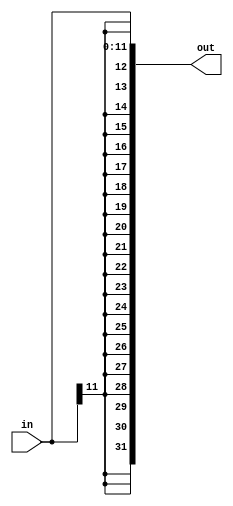
module ExtenderSign 
#(
    parameter INPUT_WIDTH = 12,
    parameter OUTPUT_WIDTH = 32
) (
    input [INPUT_WIDTH - 1 : 0] in,
    output [OUTPUT_WIDTH - 1 : 0] out
);

    assign out = { { (OUTPUT_WIDTH - INPUT_WIDTH){ in[INPUT_WIDTH - 1] } }, in };

endmodule